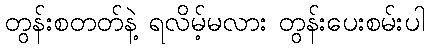
တွန်းစတတ်နဲ့ ရလိမ့်မလား တွန်းပေးစမ်းပါ